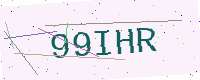
Text: 99IHR